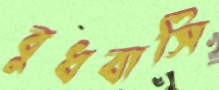
বুধবাসি